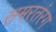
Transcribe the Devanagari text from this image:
समरतंरग